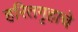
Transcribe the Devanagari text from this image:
हरितगृहाचे